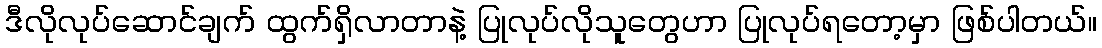
ဒီလိုလုပ်ဆောင်ချက် ထွက်ရှိလာတာနဲ့ ပြုလုပ်လိုသူတွေဟာ ပြုလုပ်ရတော့မှာ ဖြစ်ပါတယ်။